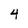
Character: 4